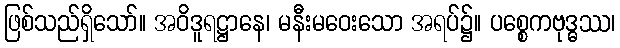
ဖြစ်သည်ရှိသော်။ အဝိဒူရဋ္ဌာနေ၊ မနီးမဝေးသော အရပ်၌။ ပစ္စေကဗုဒ္ဓဿ၊